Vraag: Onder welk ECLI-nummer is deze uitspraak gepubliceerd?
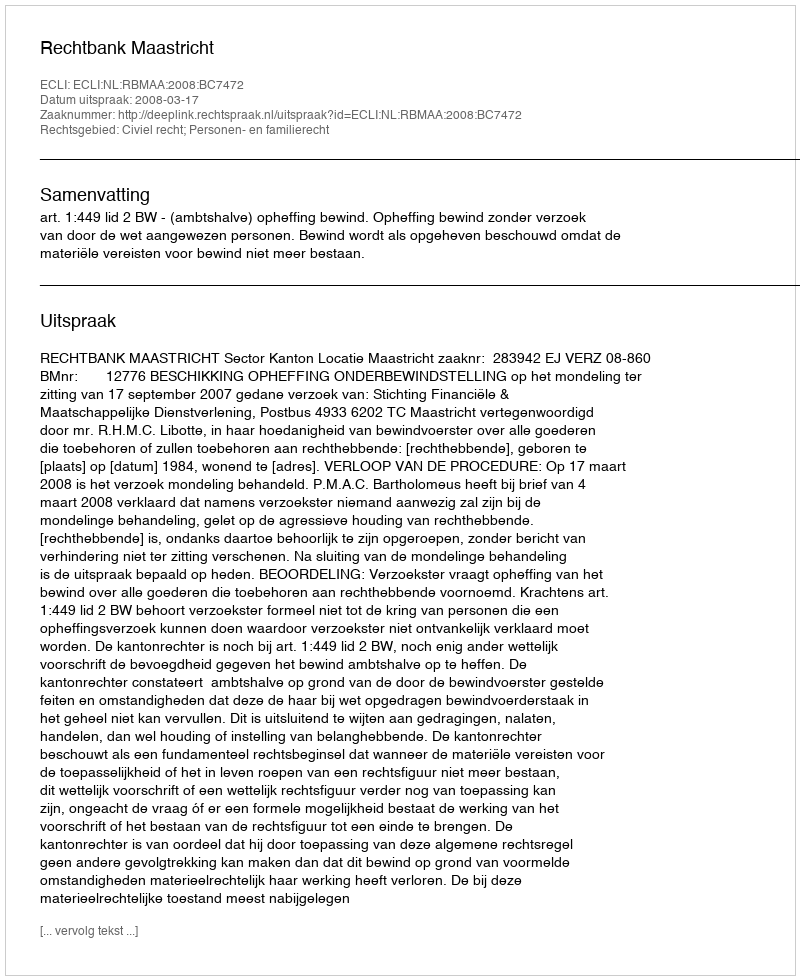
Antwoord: ECLI:NL:RBMAA:2008:BC7472